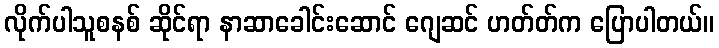
လိုက်ပါသူစနစ် ဆိုင်ရာ နာဆာခေါင်းဆောင် ဂျေဆင် ဟတ်တ်က ပြောပါတယ်။